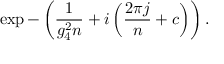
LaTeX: \exp - \left( \frac { 1 } { g _ { 4 } ^ { 2 } { n } } + i \left( \frac { 2 \pi j } { { n } } + { c } \right) \right) .